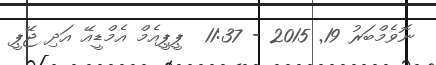
ނޮވެމްބަރު 19